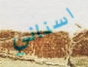
اسناني